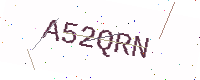
Text: A52QRN